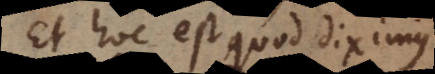
Et hoc est quod diximus